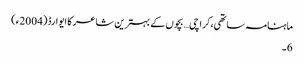
ماہنامہ ساتھی،کراچی… بچوں کے بہترین شاعر کا ایوارڈ(2004ء)
6۔